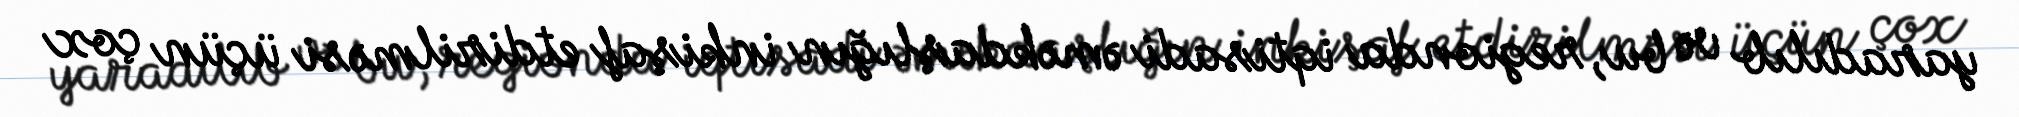
yaradılıb və bu, regionda iqtisadi əməkdaşlığın inkişaf etdirilməsi üçün çox